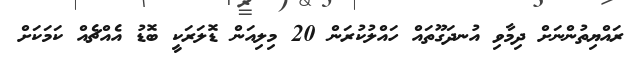
ރައްޔިތުންނަށް ދިމާވި އުނދަގޫތައް ހައްލުކުރަން 20 މިލިއަން ޑޮލަރަކީ ބޮޑު އެއްޗެއް ކަމަކަށް